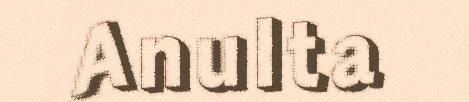
Anulta